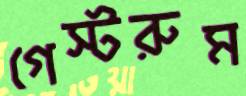
গেস্টরুম